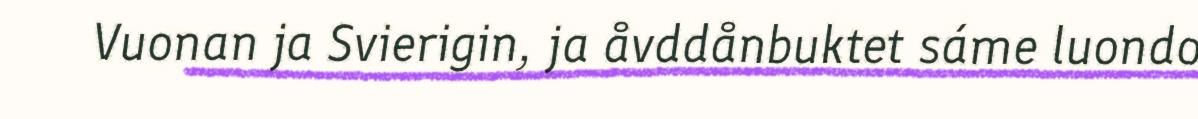
Vuonan ja Svierigin, ja åvddånbuktet sáme luondo